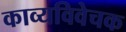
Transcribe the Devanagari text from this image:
काव्यविवेचक